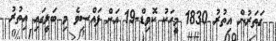
ގަތަރުން އިތުރު 1830 މީހަކު ކޮވިޑް-19 އަށް ފައްސިވެ މި ބަލީގައި އިތުރު